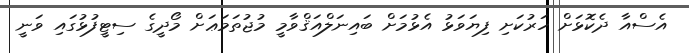
އެސްއާ ދެކޮޅަށް ހަރުކަށި ފިޔަވަޅު އެޅުމަށް ބައިނަލްއަޤްވާމީ މުޖުތަމަޢަށް މޯދީގެ ސިޓީފުޅުގައި ވަނީ